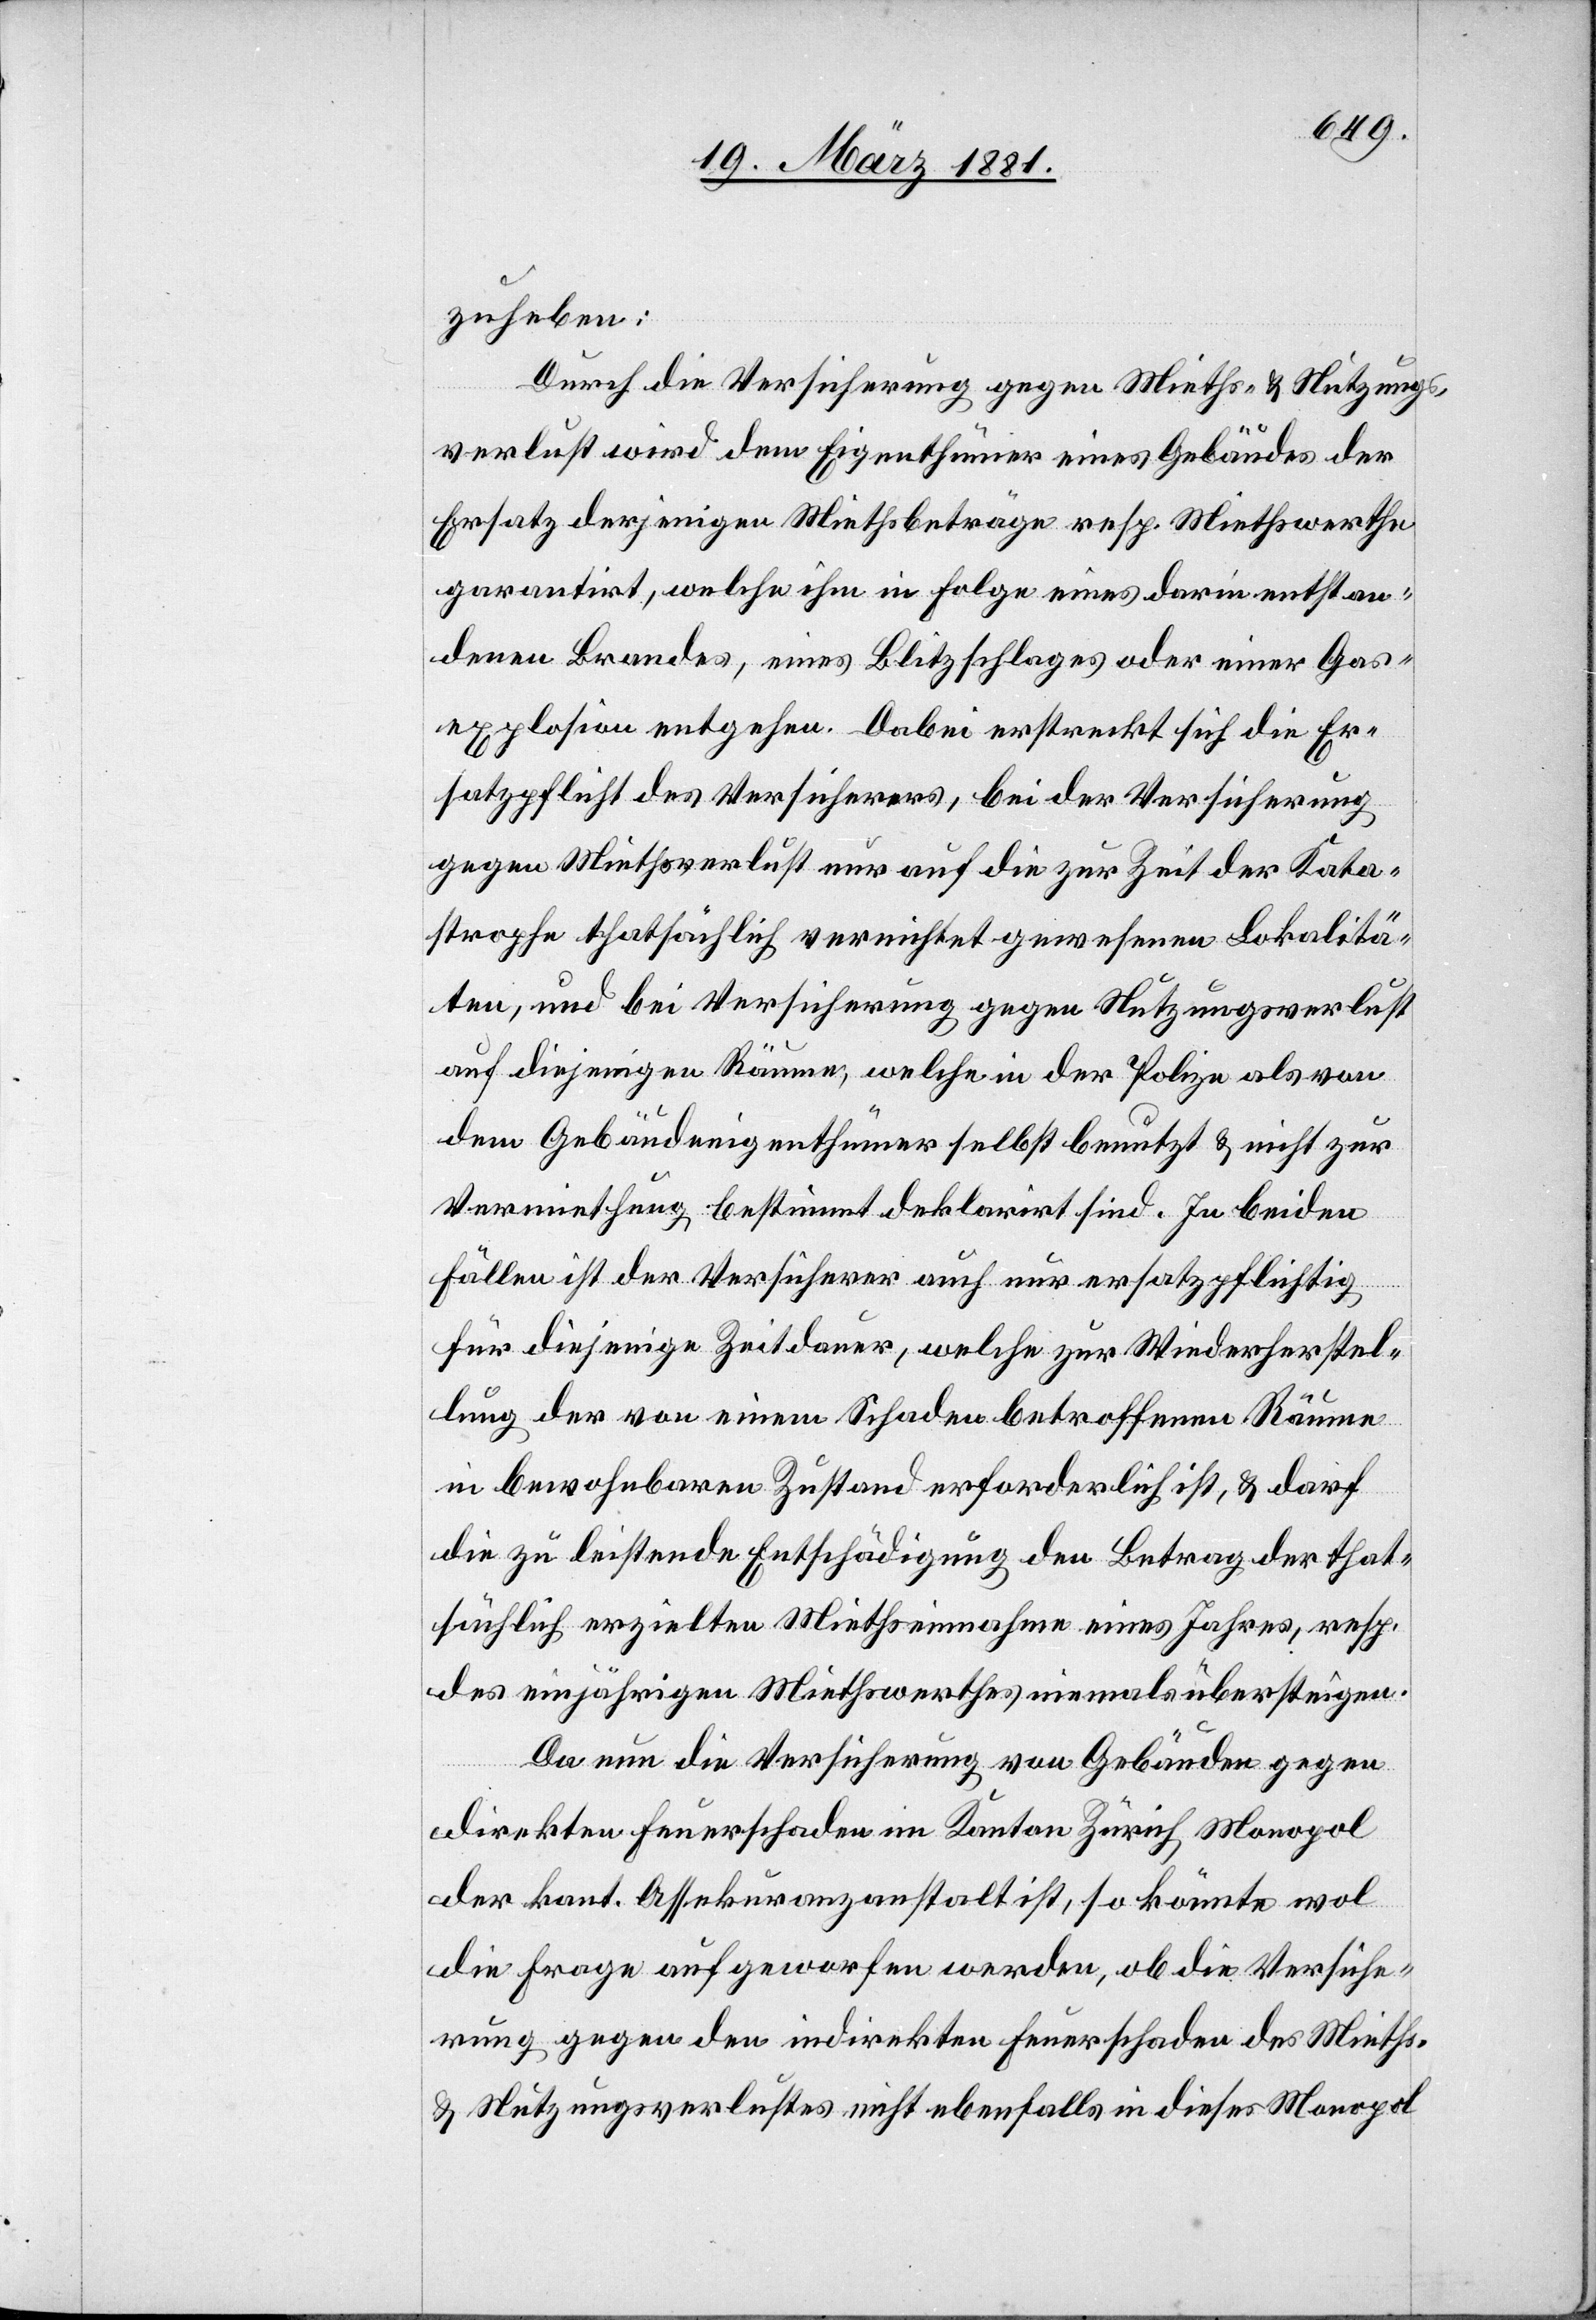
zuheben:
Durch die Versicherung gegen Mieths- & Nutzungs¬
verlust wird dem Eigenthümer eines Gebäudes der
Ersatz derjenigen Miethsbeträge resp. Miethswerthe
garantirt, welche ihm in Folge eines darin entstan¬
denen Brandes, eines Blitzschlages oder einer Gas¬
explosion entgehen. Dabei erstreckt sich die Er¬
satzpflicht des Versicherers, bei der Versicherung
gegen Miethsverlust nur auf die zur Zeit der Kata¬
strophe thatsächlich vernichtet gewesenen Lokalitä¬
ten, und bei Versicherung gegen Nutzungsverlust
auf diejenigen Räume, welche in der Polize als von
dem Gebäudeeigenthümer selbst benutzt & nicht zur
Vermiethung bestimmt deklarirt sind. In beiden
Fällen ist der Versicherer auch nur ersatzpflichtig
für diejenige Zeitdauer, welche zur Wiederherstel¬
lung der von einem Schaden betroffenen Räume
in bewohnbaren Zustand erforderlich ist, & darf
die zu leistende Entschädigung den Betrag der that¬
sächlich erzielten Miethseinnahmen eines Jahres, resp.
des einjährigen Miethwerthes niemals übersteigen.
Da nun die Versicherung von Gebäuden gegen
direkten Feuerschaden im Kanton Zürich, Monopol
der kant. Assekuranzanstalt ist, so könnte wol
die Frage aufgeworfen werden, ob die Versiche¬
rung gegen den indirekten Feuerschaden des Mieths-
& Nutzungsverlustes nicht ebenfalls in dieses Monopol